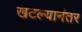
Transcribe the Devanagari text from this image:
खटल्यानंतर